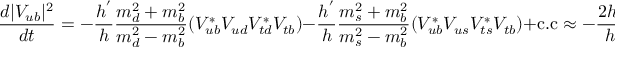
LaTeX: \frac { d | V _ { u b } | ^ { 2 } } { d t } = - \frac { h ^ { ' } } { h } \frac { m _ { d } ^ { 2 } + m _ { b } ^ { 2 } } { m _ { d } ^ { 2 } - m _ { b } ^ { 2 } } ( V _ { u b } ^ { * } V _ { u d } V _ { t d } ^ { * } V _ { t b } ) - \frac { h ^ { ' } } { h } \frac { m _ { s } ^ { 2 } + m _ { b } ^ { 2 } } { m _ { s } ^ { 2 } - m _ { b } ^ { 2 } } ( V _ { u b } ^ { * } V _ { u s } V _ { t s } ^ { * } V _ { t b } ) + \mathrm { c . c } \approx - \frac { 2 h ^ { ' } } { h } | V _ { u b } | ^ { 2 } | V _ { t b } | ^ { 2 } ,